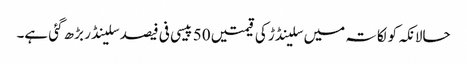
حالانکہ کولکاتہ میں سلینڈڑ کی قیمتیں 50 پیسی فی فیصد سلینڈر بڑھ گئی ہے۔